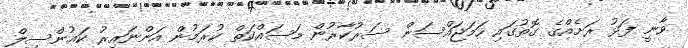
ވާނީ ފަޅު ރަށެއްގެ ގޮތުގައި ހަމަޖައްސަން ސަރުކާރުން މަސައްކަތް ކުރަމުން އަންނައިރު ކައުންސިލް